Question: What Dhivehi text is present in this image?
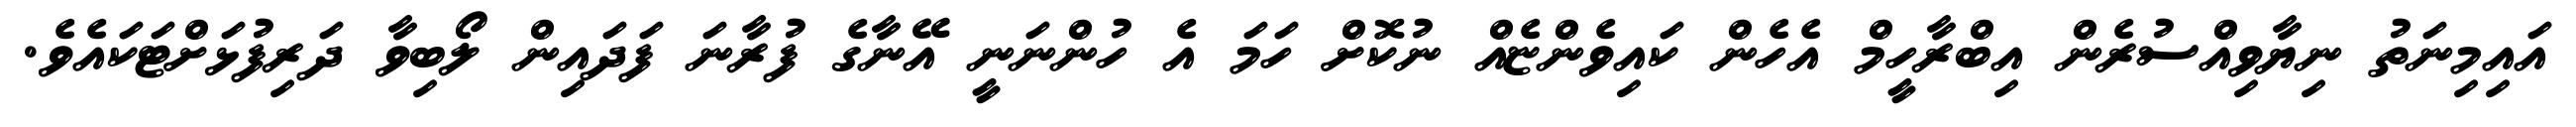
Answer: އައިމިނަތު ނިޔާވިއްސުރެން އިބްރާހީމް އެހެން ކައިވެންޏެއް ނުކޮށް ހަމަ އެ ހުންނަނީ އޭނާގެ ފުރާނަ ފަދައިން ލޯބިވާ ދަރިފުޅަށްޓަކައެވެ.